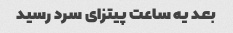
بعد یه ساعت پیتزای سرد رسید